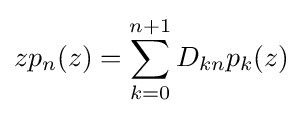
zp_{n}(z)=\sum _{k=0}^{n+1}D_{kn}p_{k}(z)